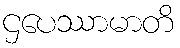
ဌပေဿာမာတိ